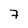
Character: 7